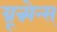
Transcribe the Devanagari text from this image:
ग्रून्न्येन्स्